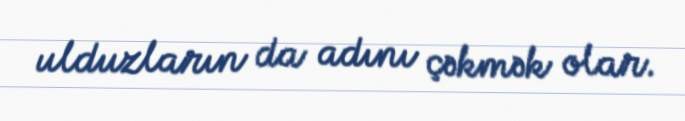
ulduzların da adını çəkmək olar.